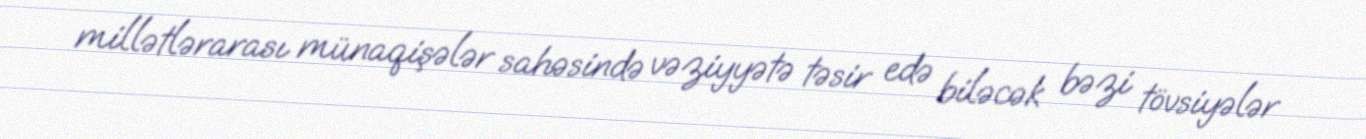
millətlərarası münaqişələr sahəsində vəziyyətə təsir edə biləcək bəzi tövsiyələr